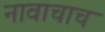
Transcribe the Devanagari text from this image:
नावाचाच